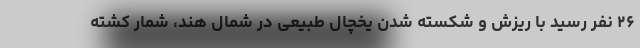
۲۶ نفر رسید با ریزش و شکسته شدن یخچال طبیعی در شمال هند، شمار کشته